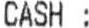
CASH :